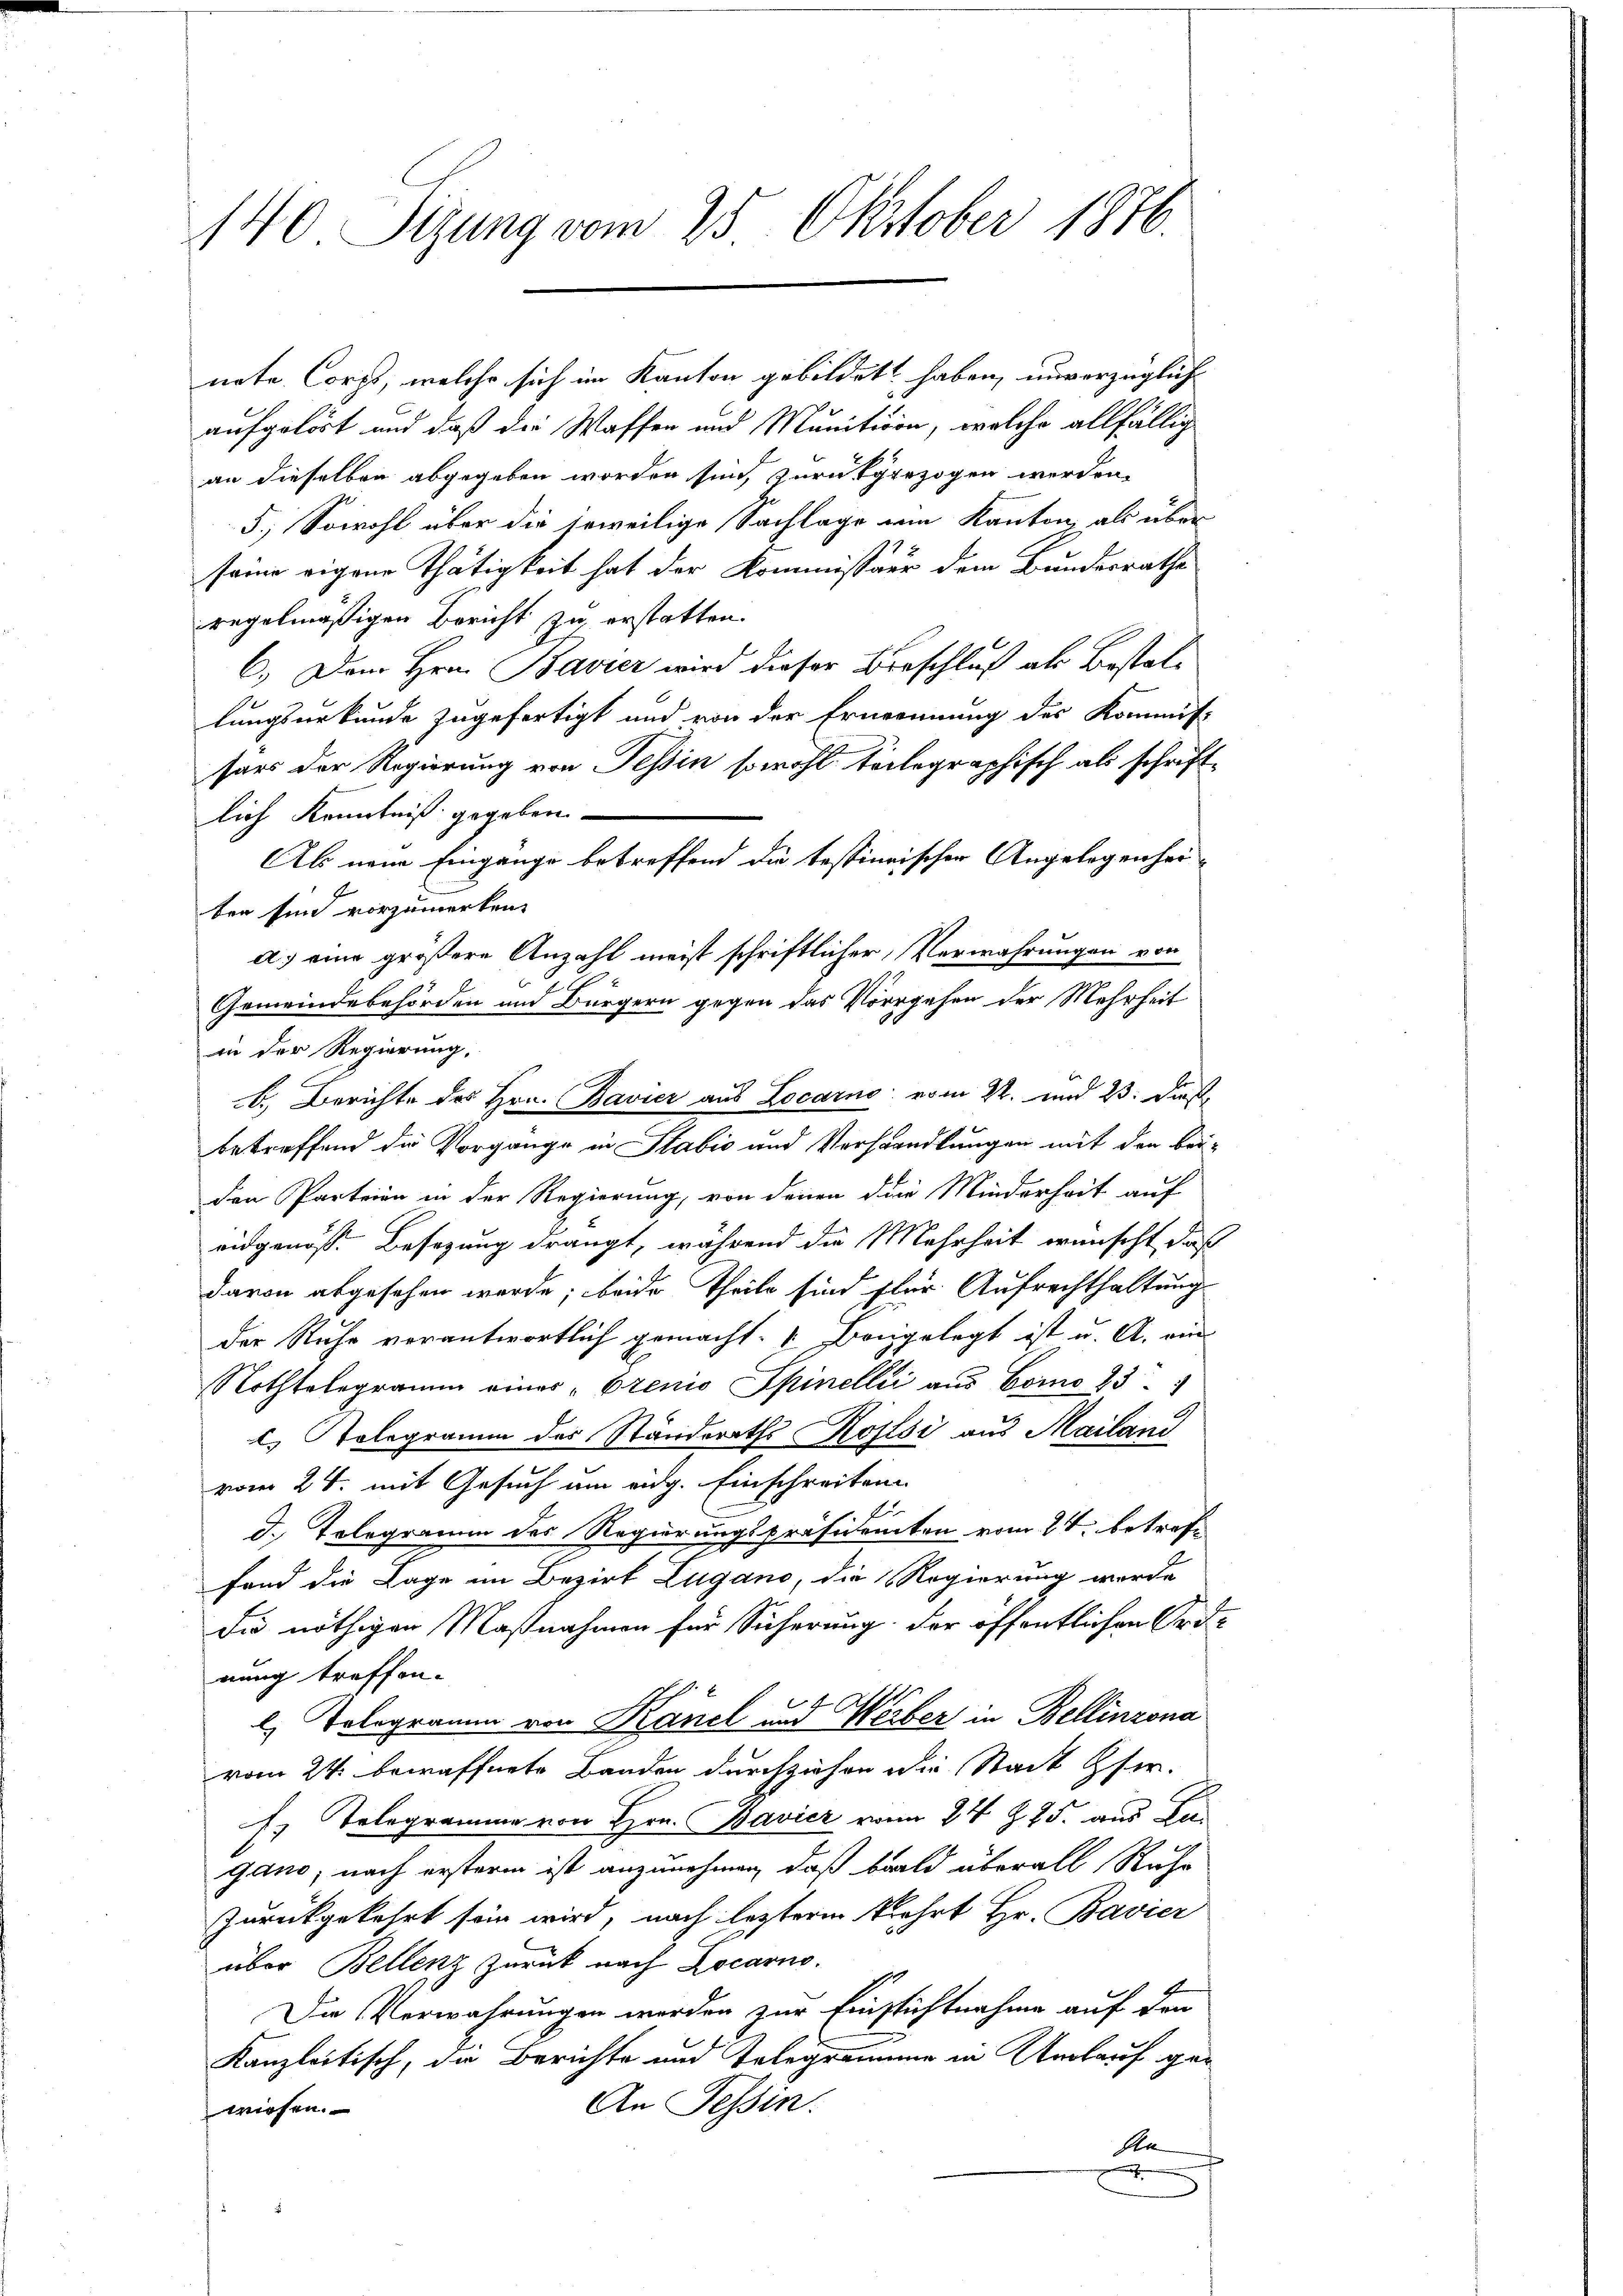
140 Sizung vom 25. Oktober 1876.

nete Corps, welche sich im Kanton gebildet haben, unverzüglich
aufgelöst und daß die Waffen und Munition, welche allfällig
an dieselben abgegeben worden sind, zurückgezogen werden.
5.) Sowohl über die jeweilige Sachlage am Kanton als über
seine eigene Thätigkeit hat der Kommissär dem Bundesrathe
regelmäßigen Bericht zu erstatten.
6.) Dem Hrn. Bavier wird dieser Beschluß als Bestallungsurkunde zugefertigt und von der Ernennung des Kommit-
sars der Regierung von Teßin sowohl teilegraphisch als schriftlich Kenntniß gegeben
Als neue Eingange betreffend die testimischen Angelegenhei-
ben sind vorzumerken.
a) eine größere Anzahl meist schriftlicher Verwahrungen von
in der Regierung.
betreffend die Vorgange in Stabić und Verhandlungen mit den beiden Parteien in der Regierung, von denen die Minderheit auf
eidgenöss. Besizung drängt, während die Mehrheit wünscht, daß
davon abgesehen werde; beide Theile sind für Aufrechthaltung
der Ruhe verantwortlich gemacht. " Bangelegt ist u. A. ein
Rothtelegramm einer „Erenio Spinellić aus Como 23.
2. Polegramm des Ständeraths Kossi aus Mailand
vom 24. mit Gesuch um eidg. Einschreiben
d. Tologramm des Regierungspräsidenten vom 24. betrafe
fond die Lage im Bezirk Lugano, die Regierung werde
Die nöthigen Maßnahmen für Sicherung der öffentlichen Orinung treffen.
l. Telegramm von Känel und Weber in Bellinzona
vom 24. bewaffnete Banden durchziehen die Stadt Gfer¬
Es Telegramme von Hrn. Bavier von 24. 75. aus Kagano, nach ersterm ist anzunehmen, daß bald überall Ruhe
Zurückgekehrt sein wird, nach letztere Kehrt Hr. Bavier
über Bellenz zurück nach Locarno.
Die Verwahrungen werden zur Einsichtnahme auf den
Kanzleitisch, die Berichte und Telegramme in Anlauf ge¬
An Tessin.
wiesen.
An

Gemeindebehörden und Bürgern gegen das Vorrgehen der Mehrheit
b.) Berichte des Hrn. Bavier aus Locarno vom 22. und 23. Dies